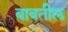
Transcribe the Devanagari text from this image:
बाबतील